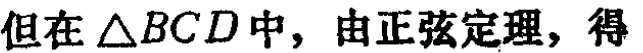
但在\(\triangle BCD\)中，由正弦定理，得